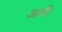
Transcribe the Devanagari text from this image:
अवी